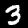
Digit: 3